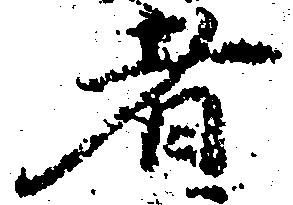
者